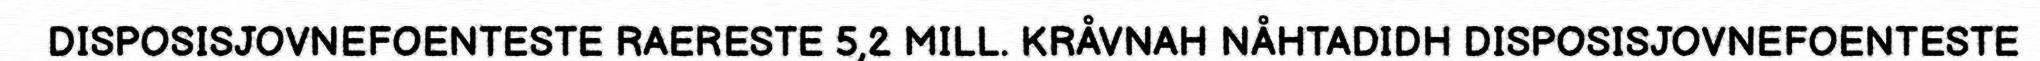
DISPOSISJOVNEFOENTESTE RAERESTE 5,2 MILL. KRÅVNAH NÅHTADIDH DISPOSISJOVNEFOENTESTE